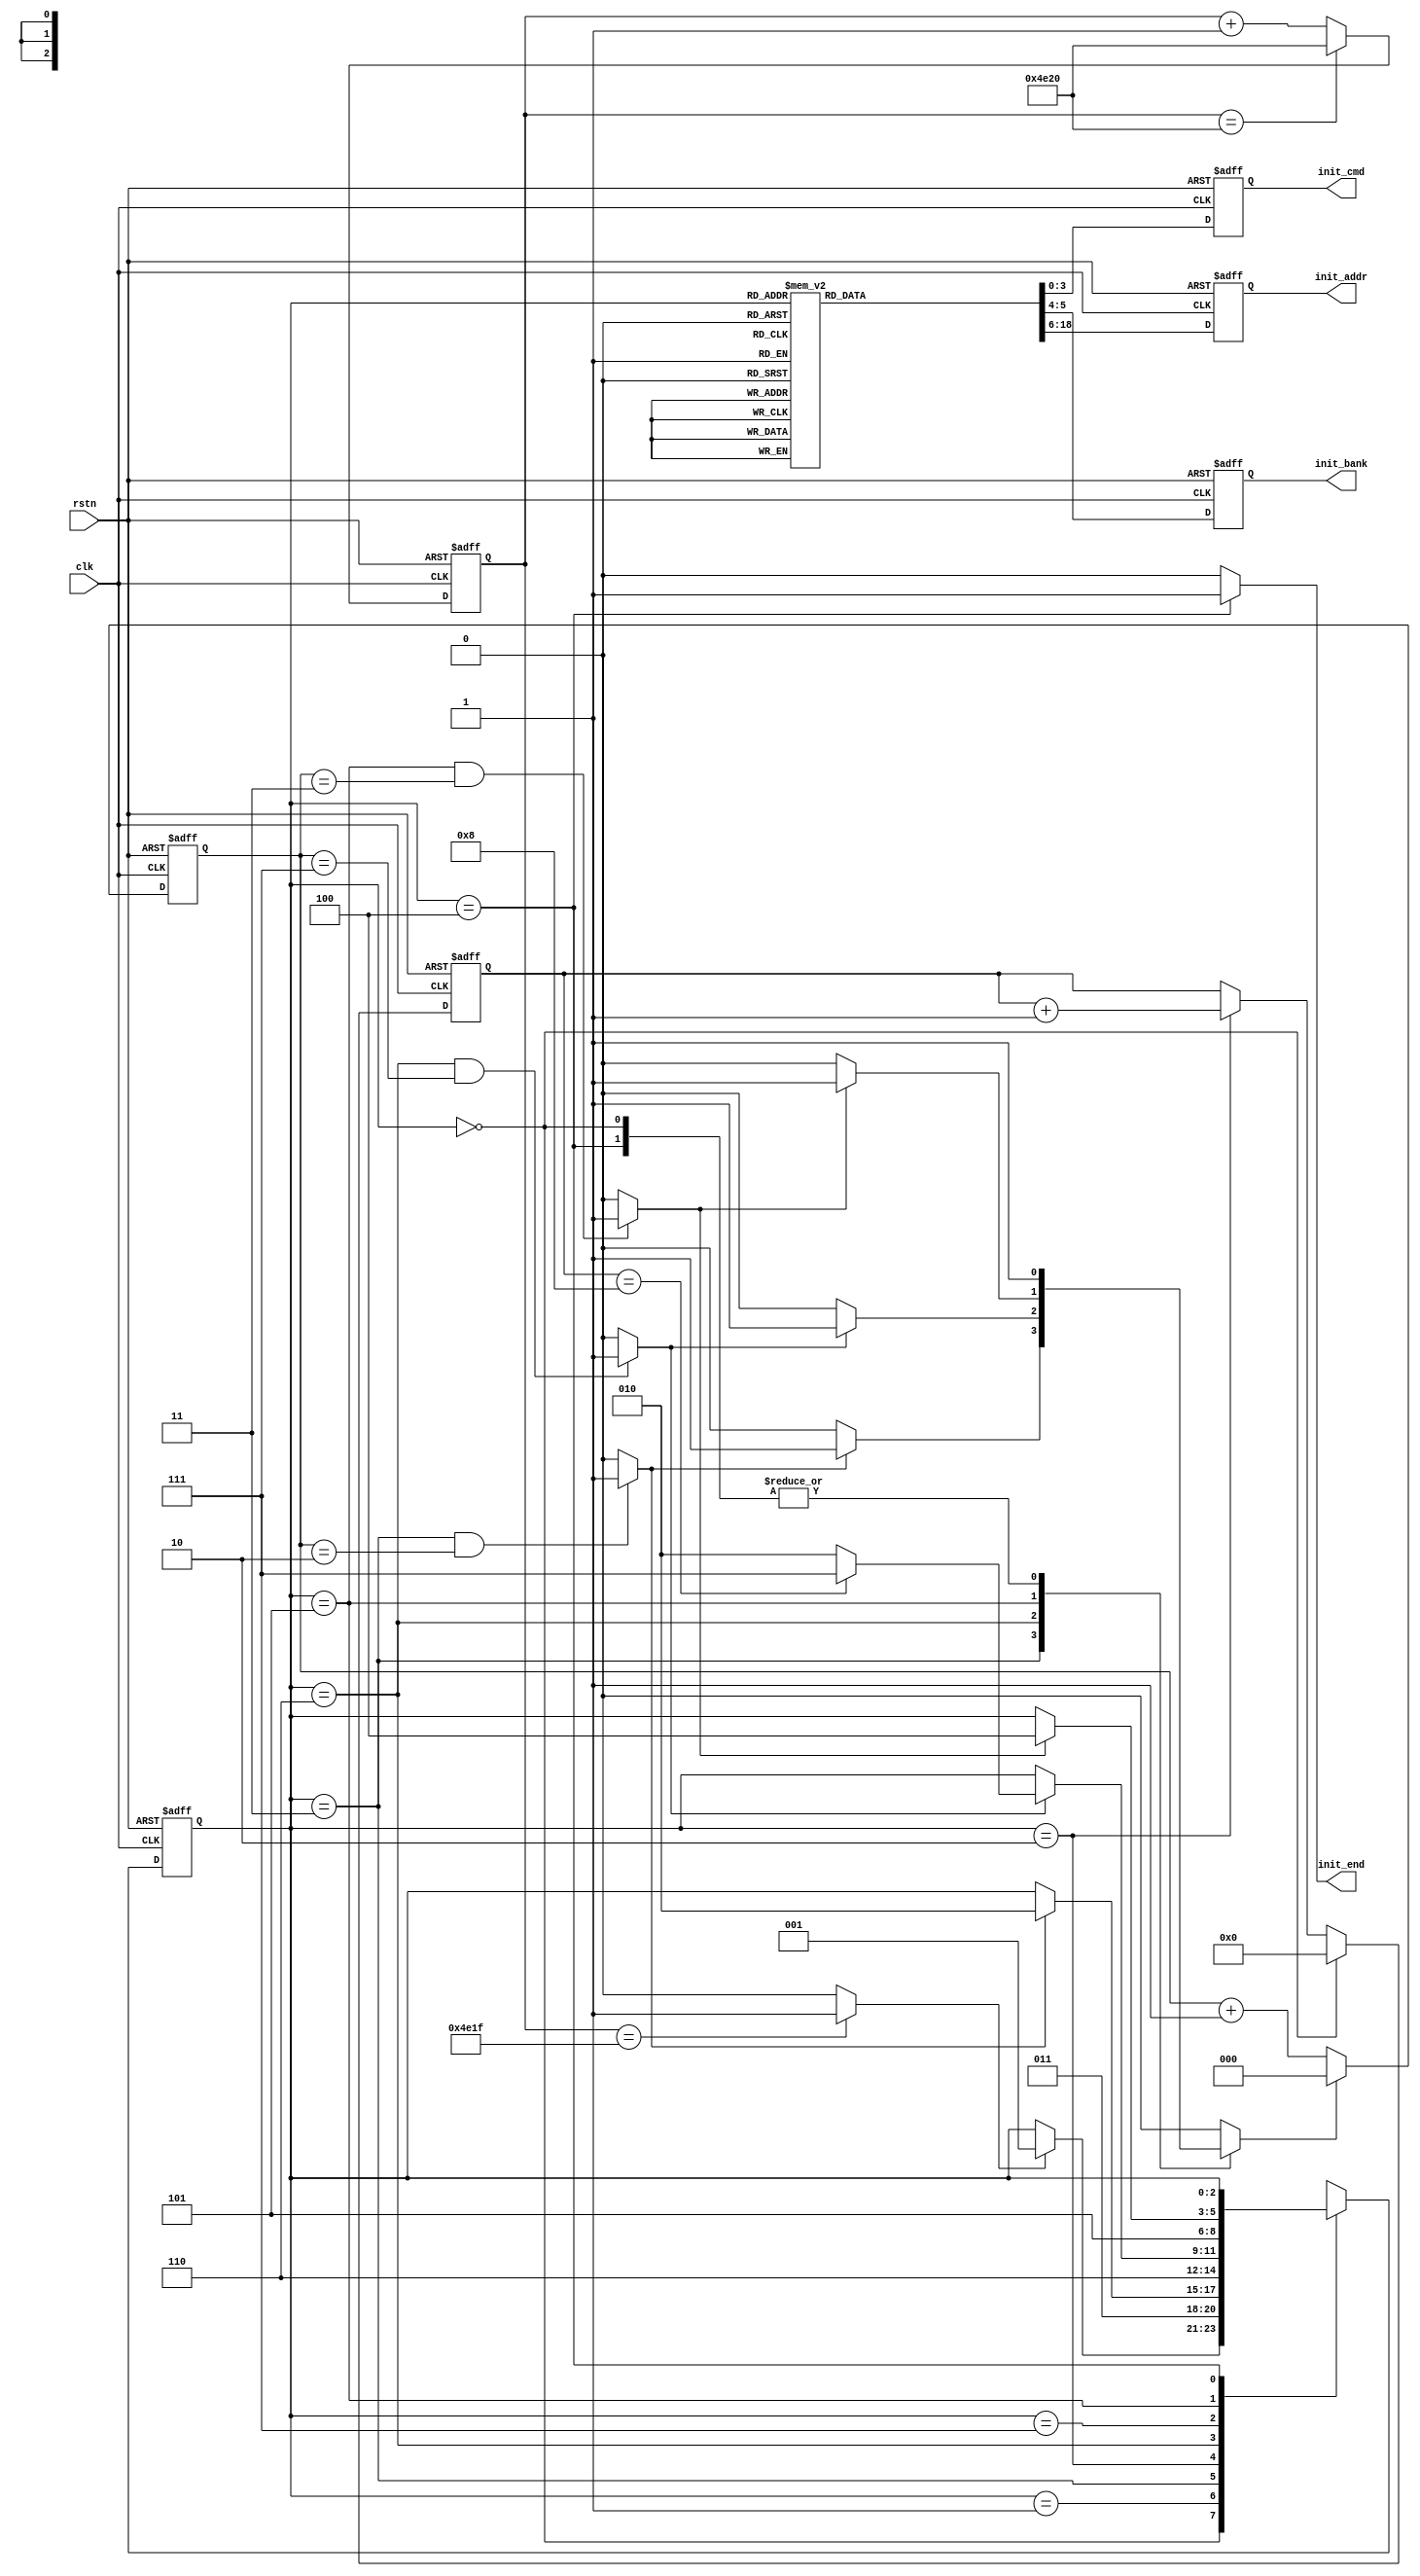
//============================================================================//
// ****************************** Informations ****************************** //
//============================================================================//
// Auther       :   Crista Y.Z.Li 
// Module name  :   sdram_init
// Project name :   sdram_controller 
// Device       :   Intel Altera EP4CE10F17C8
//                  winbond W9825G6KH-6
// Tool Version :   Quartus Prime 18.0 
//                  ModelsimSE-64 2020.4
// Descreption  :   SDRAM Controller Initialization Module
//                  Load Mode Register
//                  CAS Latency      = 3
//                  Burst Length     = Full
//                  Burst Type       = Sequential
//                  Write Burst Mode = Programmed Burst Length
//
//============================================================================//

module sdram_init (

    input                               clk                 ,
    input                               rstn                ,

    output  reg     [3:0]               init_cmd            ,
    output  reg     [1:0]               init_bank           ,
    output  reg     [12:0]              init_addr           ,
    output  wire                        init_end            

);

//============================================================================//
// ********************* parameters & Internal Signals ********************** //
//============================================================================//
// States of State Machine
localparam      INIT_IDLE               =       3'b000                  ;
localparam      INIT_PRE                =       3'b001                  ;
localparam      INIT_TRP                =       3'b011                  ;
localparam      INIT_ARE                =       3'b010                  ;
localparam      INIT_TRF                =       3'b110                  ;
localparam      INIT_MRS                =       3'b111                  ;
localparam      INIT_TMRD               =       3'b101                  ;
localparam      INIT_END                =       3'b100                  ;

// Maximum Timer Delay Value
localparam      WAIT_MAX                =       15'd20_000              ; // wait 200 us
localparam      TRP                     =       3'd2                    ;
localparam      TRF                     =       3'd7                    ;
localparam      TMRD                    =       3'd3                    ;
// Commands Required in the Initialization Module
localparam      NOP                     =       4'b0111                 ;
localparam      PREC                    =       4'b0010                 ;
localparam      AREF                    =       4'b0001                 ;
localparam      MRS                     =       4'b0000                 ;

// Flag signal of Counter's End
wire                                            wait_end                ;
wire                                            trp_end                 ;
wire                                            trfc_end                ;
wire                                            tmrd_end                ;
// rInternal Registers
reg                 [2:0]                       init_state              ;
reg                 [14:0]                      cnt_200us               ;
reg                 [2:0]                       cnt_clk                 ;
reg                                             cnt_clk_rst             ;
reg                 [3:0]                       cnt_aref                ;

//============================================================================//
// ******************************* Main Code ******************************** //
//============================================================================//

// ----------------------------- state machine ------------------------------ //
always @(posedge clk or negedge rstn) begin
    if (rstn == 1'b0)
        init_state      <=      INIT_IDLE;
    else case (init_state)
        INIT_IDLE :
            if (wait_end == 1'b1)
                init_state  <=  INIT_PRE;
            else
                init_state  <=  init_state;
        INIT_PRE  :
            init_state  <=  INIT_TRP;
        INIT_TRP  :
            if (trp_end == 1'b1)
                init_state  <=  INIT_ARE;
            else
                init_state  <=  init_state;
        INIT_ARE  :
            init_state  <=  INIT_TRF;
        INIT_TRF  :
            if (trfc_end == 1'b1) 
                if (cnt_aref == 4'd8)
                    init_state  <=  INIT_MRS;
                else
                    init_state  <=  INIT_ARE;
            else
                init_state  <=  init_state;
        INIT_MRS  :
            init_state  <=  INIT_TMRD;
        INIT_TMRD :
            if (tmrd_end == 1'b1)
                init_state  <=  INIT_END;
            else
                init_state  <=  init_state;
        INIT_END  :
                init_state  <=  init_state;
        default   :
                init_state  <=  INIT_IDLE;
    endcase
end
// -------------------------------------------------------------------------- //
// wait for 200us
always @(posedge clk or negedge rstn) begin
    if (rstn == 1'b0)
        cnt_200us   <=  15'd0;
    else if (cnt_200us == WAIT_MAX)
        cnt_200us   <=  WAIT_MAX;
    else
        cnt_200us   <=  cnt_200us + 1'b1;
end
// wait flag
assign wait_end =   (cnt_200us == (WAIT_MAX - 1'b1)) ? 1'b1 : 1'b0;
// cnt_clk
always @(posedge clk or negedge rstn) begin
    if (rstn == 1'b0)
        cnt_clk     <=  3'd0;
    else if (cnt_clk_rst == 1'b1)
        cnt_clk     <=  3'd0;
    else
        cnt_clk     <=  cnt_clk + 1'b1;
end
// counter reset signal
always @( *) begin
    case (init_state)
        INIT_IDLE : cnt_clk_rst     <=  1'b1;
        INIT_TRP  : cnt_clk_rst     <=  (trp_end == 1'b1) ? 1'b1 : 1'b0;
        INIT_TRF  : cnt_clk_rst     <=  (trfc_end == 1'b1) ? 1'b1 : 1'b0;
        INIT_TMRD : cnt_clk_rst     <=  (tmrd_end == 1'b1) ? 1'b1 : 1'b0;
        INIT_END  : cnt_clk_rst     <=  1'b1;
        default   : cnt_clk_rst     <=  1'b0;
    endcase
end

assign trp_end =  ((init_state == INIT_TRP)  && 
                   (cnt_clk == TRP))  ? 1'b1 : 1'b0;

assign trfc_end = ((init_state == INIT_TRF)  && 
                   (cnt_clk == TRF))  ? 1'b1 : 1'b0;
                   
assign tmrd_end = ((init_state == INIT_TMRD) && 
                   (cnt_clk == TMRD)) ? 1'b1 : 1'b0;
// counter of auto-refresh
always @(posedge clk or negedge rstn) begin
    if (rstn == 1'b0)
        cnt_aref    <=  4'd0;
    else if (init_state == INIT_IDLE)
        cnt_aref    <=  4'd0;
    else if (init_state == INIT_ARE)
        cnt_aref    <=  cnt_aref + 1'b1;
    else 
        cnt_aref    <=  cnt_aref;
end
// commands for each state
always @(posedge clk or negedge rstn) begin
    if (rstn == 1'b0) begin
        init_cmd    <=      NOP;
        init_bank   <=      2'b11;
        init_addr   <=      13'h1fff;
    end
    else case (init_state)
        INIT_IDLE,INIT_TRP,INIT_TRF,INIT_TMRD,INIT_END :
            begin
                init_cmd    <=      NOP;
                init_bank   <=      2'b11;
                init_addr   <=      13'h1fff;
            end
        INIT_PRE :
            begin
                init_cmd    <=      PREC;
                init_bank   <=      2'b11;
                init_addr   <=      13'h1fff;
            end
        INIT_ARE :
            begin
                init_cmd    <=      AREF;
                init_bank   <=      2'b11;
                init_addr   <=      13'h1fff;
            end
        INIT_MRS :
            begin
                init_cmd    <=      MRS;
                init_bank   <=      2'b00;
                init_addr   <=      {3'b000, 1'b0, 2'b00, 3'b011, 1'b0, 3'b111};
                // 
            end
        default :
            begin
                init_cmd    <=      NOP;
                init_bank   <=      2'b11;
                init_addr   <=      13'h1fff;
            end
    endcase
end
// end flag
assign init_end = (init_state == INIT_END) ? 1'b1 : 1'b0;

endmodule //sdram_init